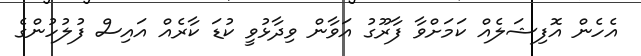
އެހެން އޮފިޝަލެއް ކަމަށްވާ ފާރޫގު އަވާން ވިދާޅުވީ ކުޑަ ކާރެއް އައިސް ފުލުހުންގެ